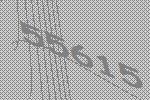
55615